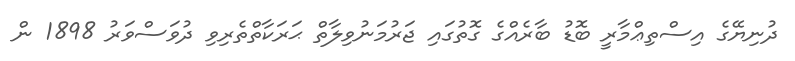
ދުނިޔޭގެ އިސްތިޢްމާރީ ބޮޑު ބާރެއްގެ ގޮތުގައި ޖަރުމަނުވިލާތް ޙަރަކާތްތެރިވި ދުވަސްވަރު 1898 ން